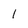
Character: 1